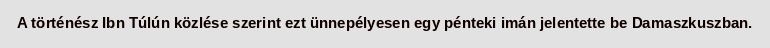
A történész Ibn Túlún közlése szerint ezt ünnepélyesen egy pénteki imán jelentette be Damaszkuszban.